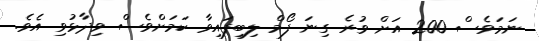
ނަމަވެސް 200 އަށް ވުރެ ގިނަ ފޯމް ލިބިފައިވާ ކަމަށްވެސް ވިދާޅުވި އެވެ.